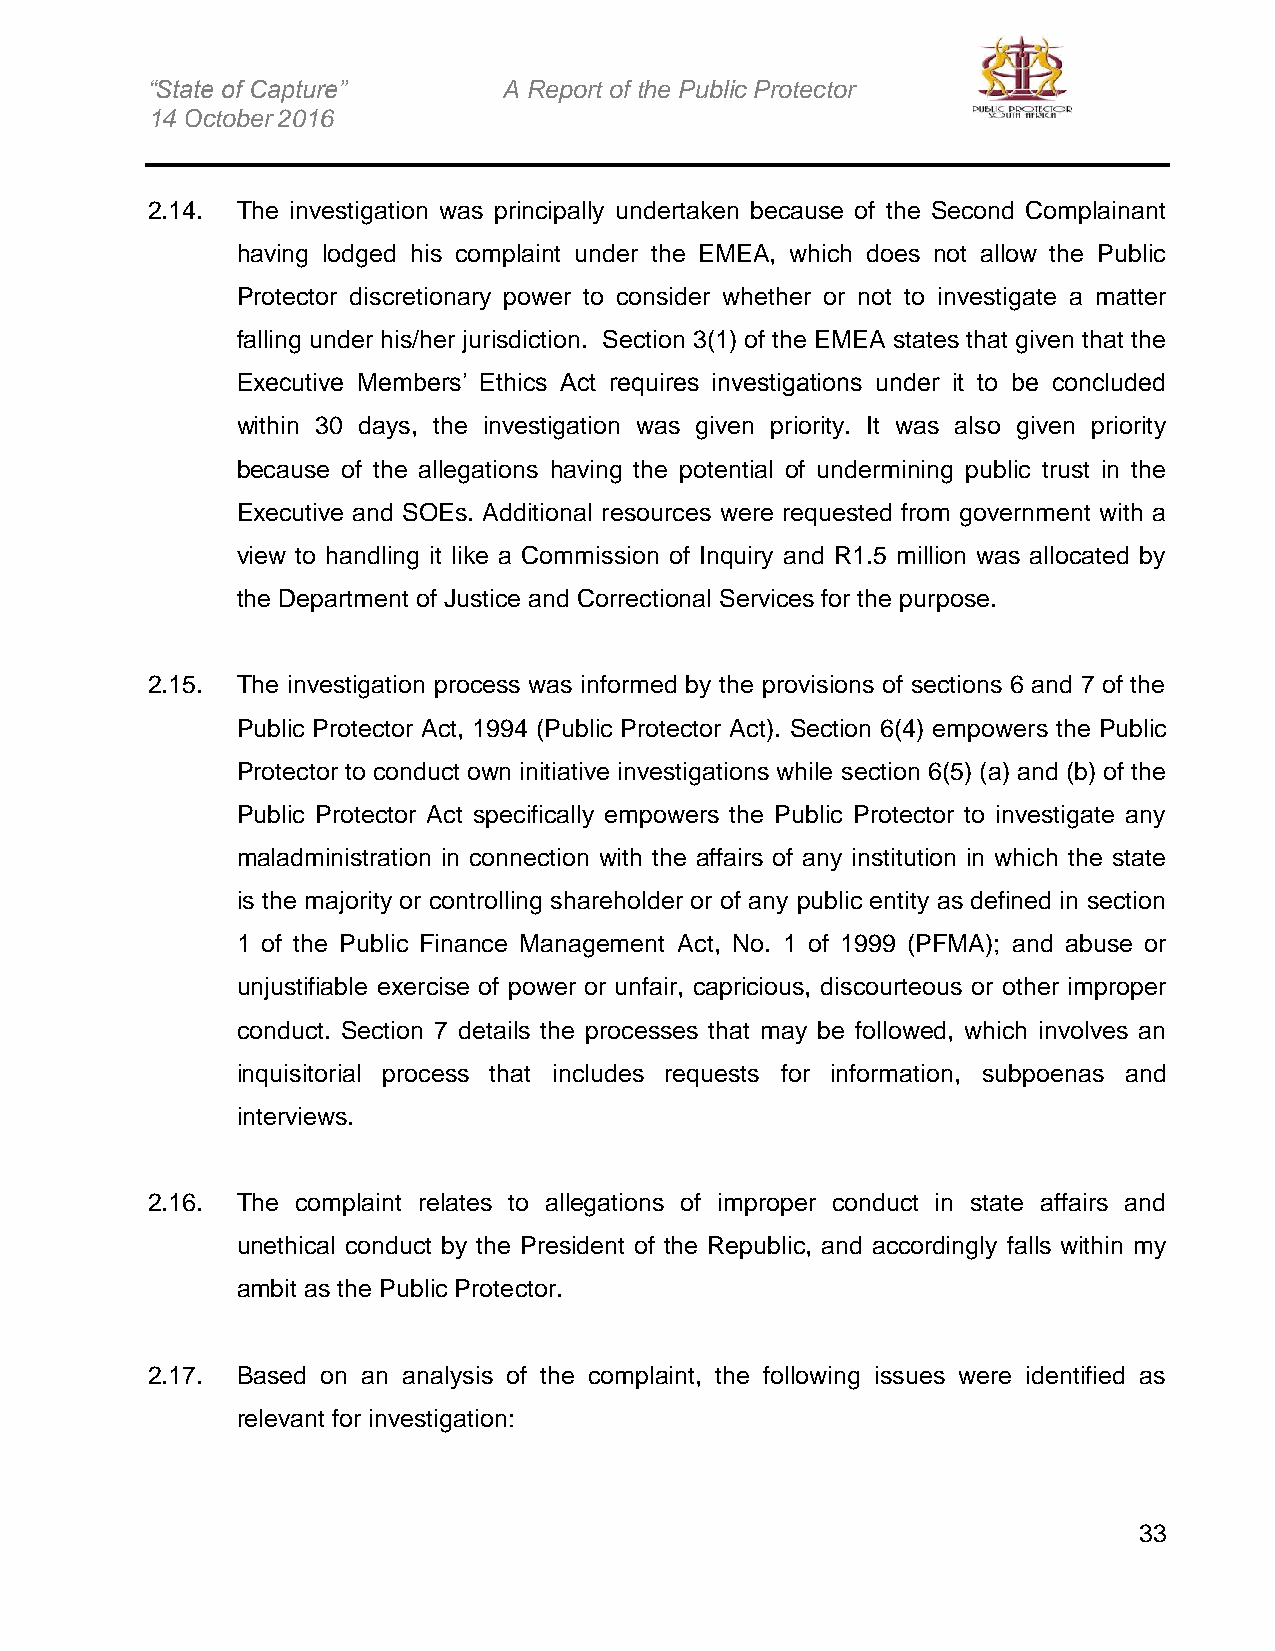
“State of Capture”     A Report of the Public Protector
 14 October 2016
 2.14. The investigation was principally undertaken because of the Second Complainant
 having lodged his complaint under the EMEA, which does not allow the Public
 Protector discretionary power to consider whether or not to investigate a matter
 falling under his/her jurisdiction. Section 3(1) of the EMEA states that given that the
 Executive Members’ Ethics Act requires investigations under it to be concluded
 within 30 days, the investigation was given priority. It was also given priority
 because of the allegations having the potential of undermining public trust in the
 Executive and SOEs. Additional resources were requested from government with a
 view to handling it like a Commission of Inquiry and R1.5 million was allocated by
 the Department of Justice and Correctional Services for the purpose.
 2.15. The investigation process was informed by the provisions of sections 6 and 7 of the
 Public Protector Act, 1994 (Public Protector Act). Section 6(4) empowers the Public
 Protector to conduct own initiative investigations while section 6(5) (a) and (b) of the
 Public Protector Act specifically empowers the Public Protector to investigate any
 maladministration in connection with the affairs of any institution in which the state
 is the majority or controlling shareholder or of any public entity as defined in section
 1 of the Public Finance Management Act, No. 1 of 1999 (PFMA); and abuse or
 unjustifiable exercise of power or unfair, capricious, discourteous or other improper
 conduct. Section 7 details the processes that may be followed, which involves an
 inquisitorial process that includes requests for information, subpoenas and
 interviews.
 2.16. The complaint relates to allegations of improper conduct in state affairs and
 unethical conduct by the President of the Republic, and accordingly falls within my
 ambit as the Public Protector.
 2.17. Based on an analysis of the complaint, the following issues were identified as
 relevant for investigation:
 33